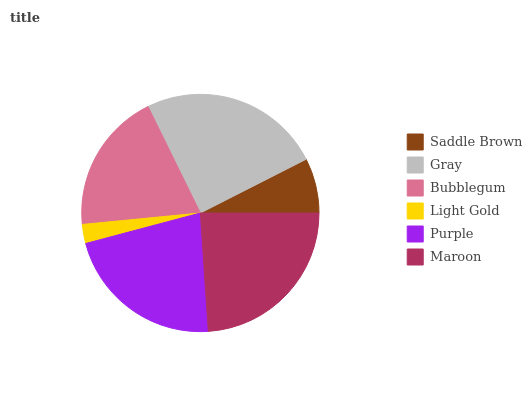
| Saddle Brown | Gray | Bubblegum | Light Gold | Purple | Maroon |
 | --- | --- | --- | --- | --- | --- |
 | 7.48% | 24.8% | 19.3% | 2.59% | 22% | 23.9% |